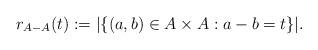
LaTeX: \begin{align*}r_{A-A}(t):= |\{ (a,b) \in A \times A : a-b=t \}|.\end{align*}